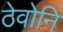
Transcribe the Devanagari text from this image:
ठेवोनि